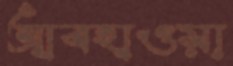
আবহাওয়া